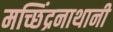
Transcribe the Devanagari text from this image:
मच्छिंद्रनाथानी